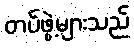
တပ်ဖွဲ့များသည်